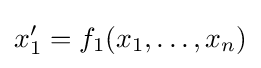
x_{1}'=f_{1}(x_{1},\ldots ,x_{n})